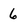
Character: 6